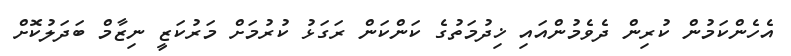
އެހެންކަމުން ކުރިން ދެވެމުންއައި ޚިދުމަތުގެ ކަންކަން ރަގަޅު ކުރުމަށް މަރުކަޒީ ނިޒާމް ބަދަލުކޮށް